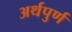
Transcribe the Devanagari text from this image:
अर्थपुर्ण